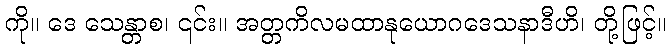
ကို။ ဒေ သေန္တာစ၊ ၎င်း။ အတ္တကိလမထာနုယောဂဒေသနာဒီဟိ၊ တို့ဖြင့်။